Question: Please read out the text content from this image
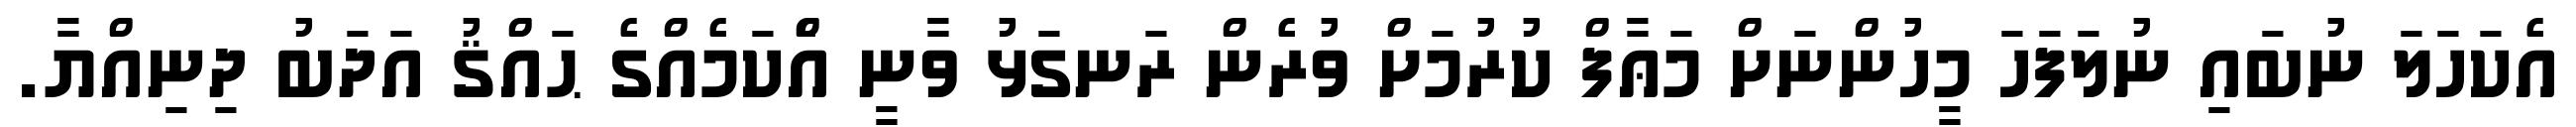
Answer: އެކަހަލަ ނުބައި ނުލަފަހަ މީހުންނަށް މަޢާފް ކުރުމަށް ވުރެން ރަނގަޅު ވާނީ އެްކަމެއްގެ ޙައްޤު އަދަބު ދިނިއްޔާ.